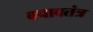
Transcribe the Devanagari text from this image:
बचावतंत्र